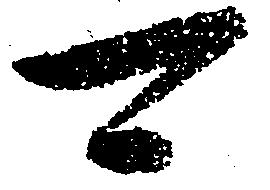
可